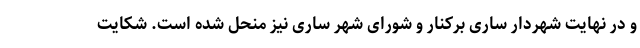
و در نهایت شهردار ساری برکنار و شورای شهر ساری نیز منحل شده است. شکایت